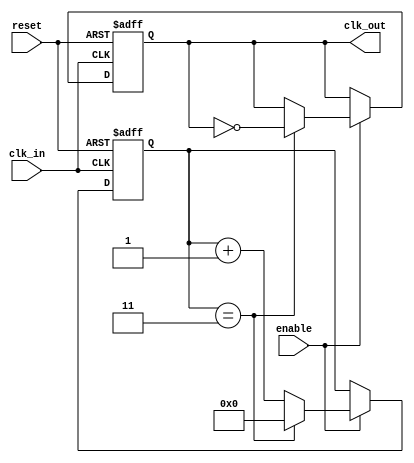
module clock_divider #(
    parameter DIV_FACTOR = 4 // Parameter to set the division factor
)(
    input wire clk_in,        // Input clock signal
    input wire reset,         // Asynchronous reset signal
    input wire enable,        // Enable signal for the clock divider
    output reg clk_out        // Output clock signal
);

    reg [31:0] counter;       // Counter to track clock cycles

    // Always block to handle the clock division
    always @(posedge clk_in or posedge reset) begin
        if (reset) begin
            counter <= 0;      // Reset the counter on reset signal
            clk_out <= 0;      // Initialize output clock to low
        end else if (enable) begin
            if (counter == (DIV_FACTOR - 1)) begin
                clk_out <= ~clk_out; // Toggle output clock
                counter <= 0;         // Reset counter
            end else begin
                counter <= counter + 1; // Increment counter
            end
        end
    end

endmodule